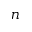
n